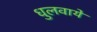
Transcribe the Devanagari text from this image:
धुलवाये